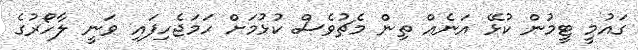
ގައުމީ ޓީމުން ކުޅޭ އަނެއް ތިން މެޗުވެސް ކުޅުމަށް ހަމަޖެހިފައި ވަނީ ލާހޯރުގެ